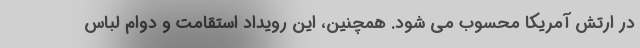
در ارتش آمریکا محسوب می شود. همچنین، این رویداد استقامت و دوام لباس